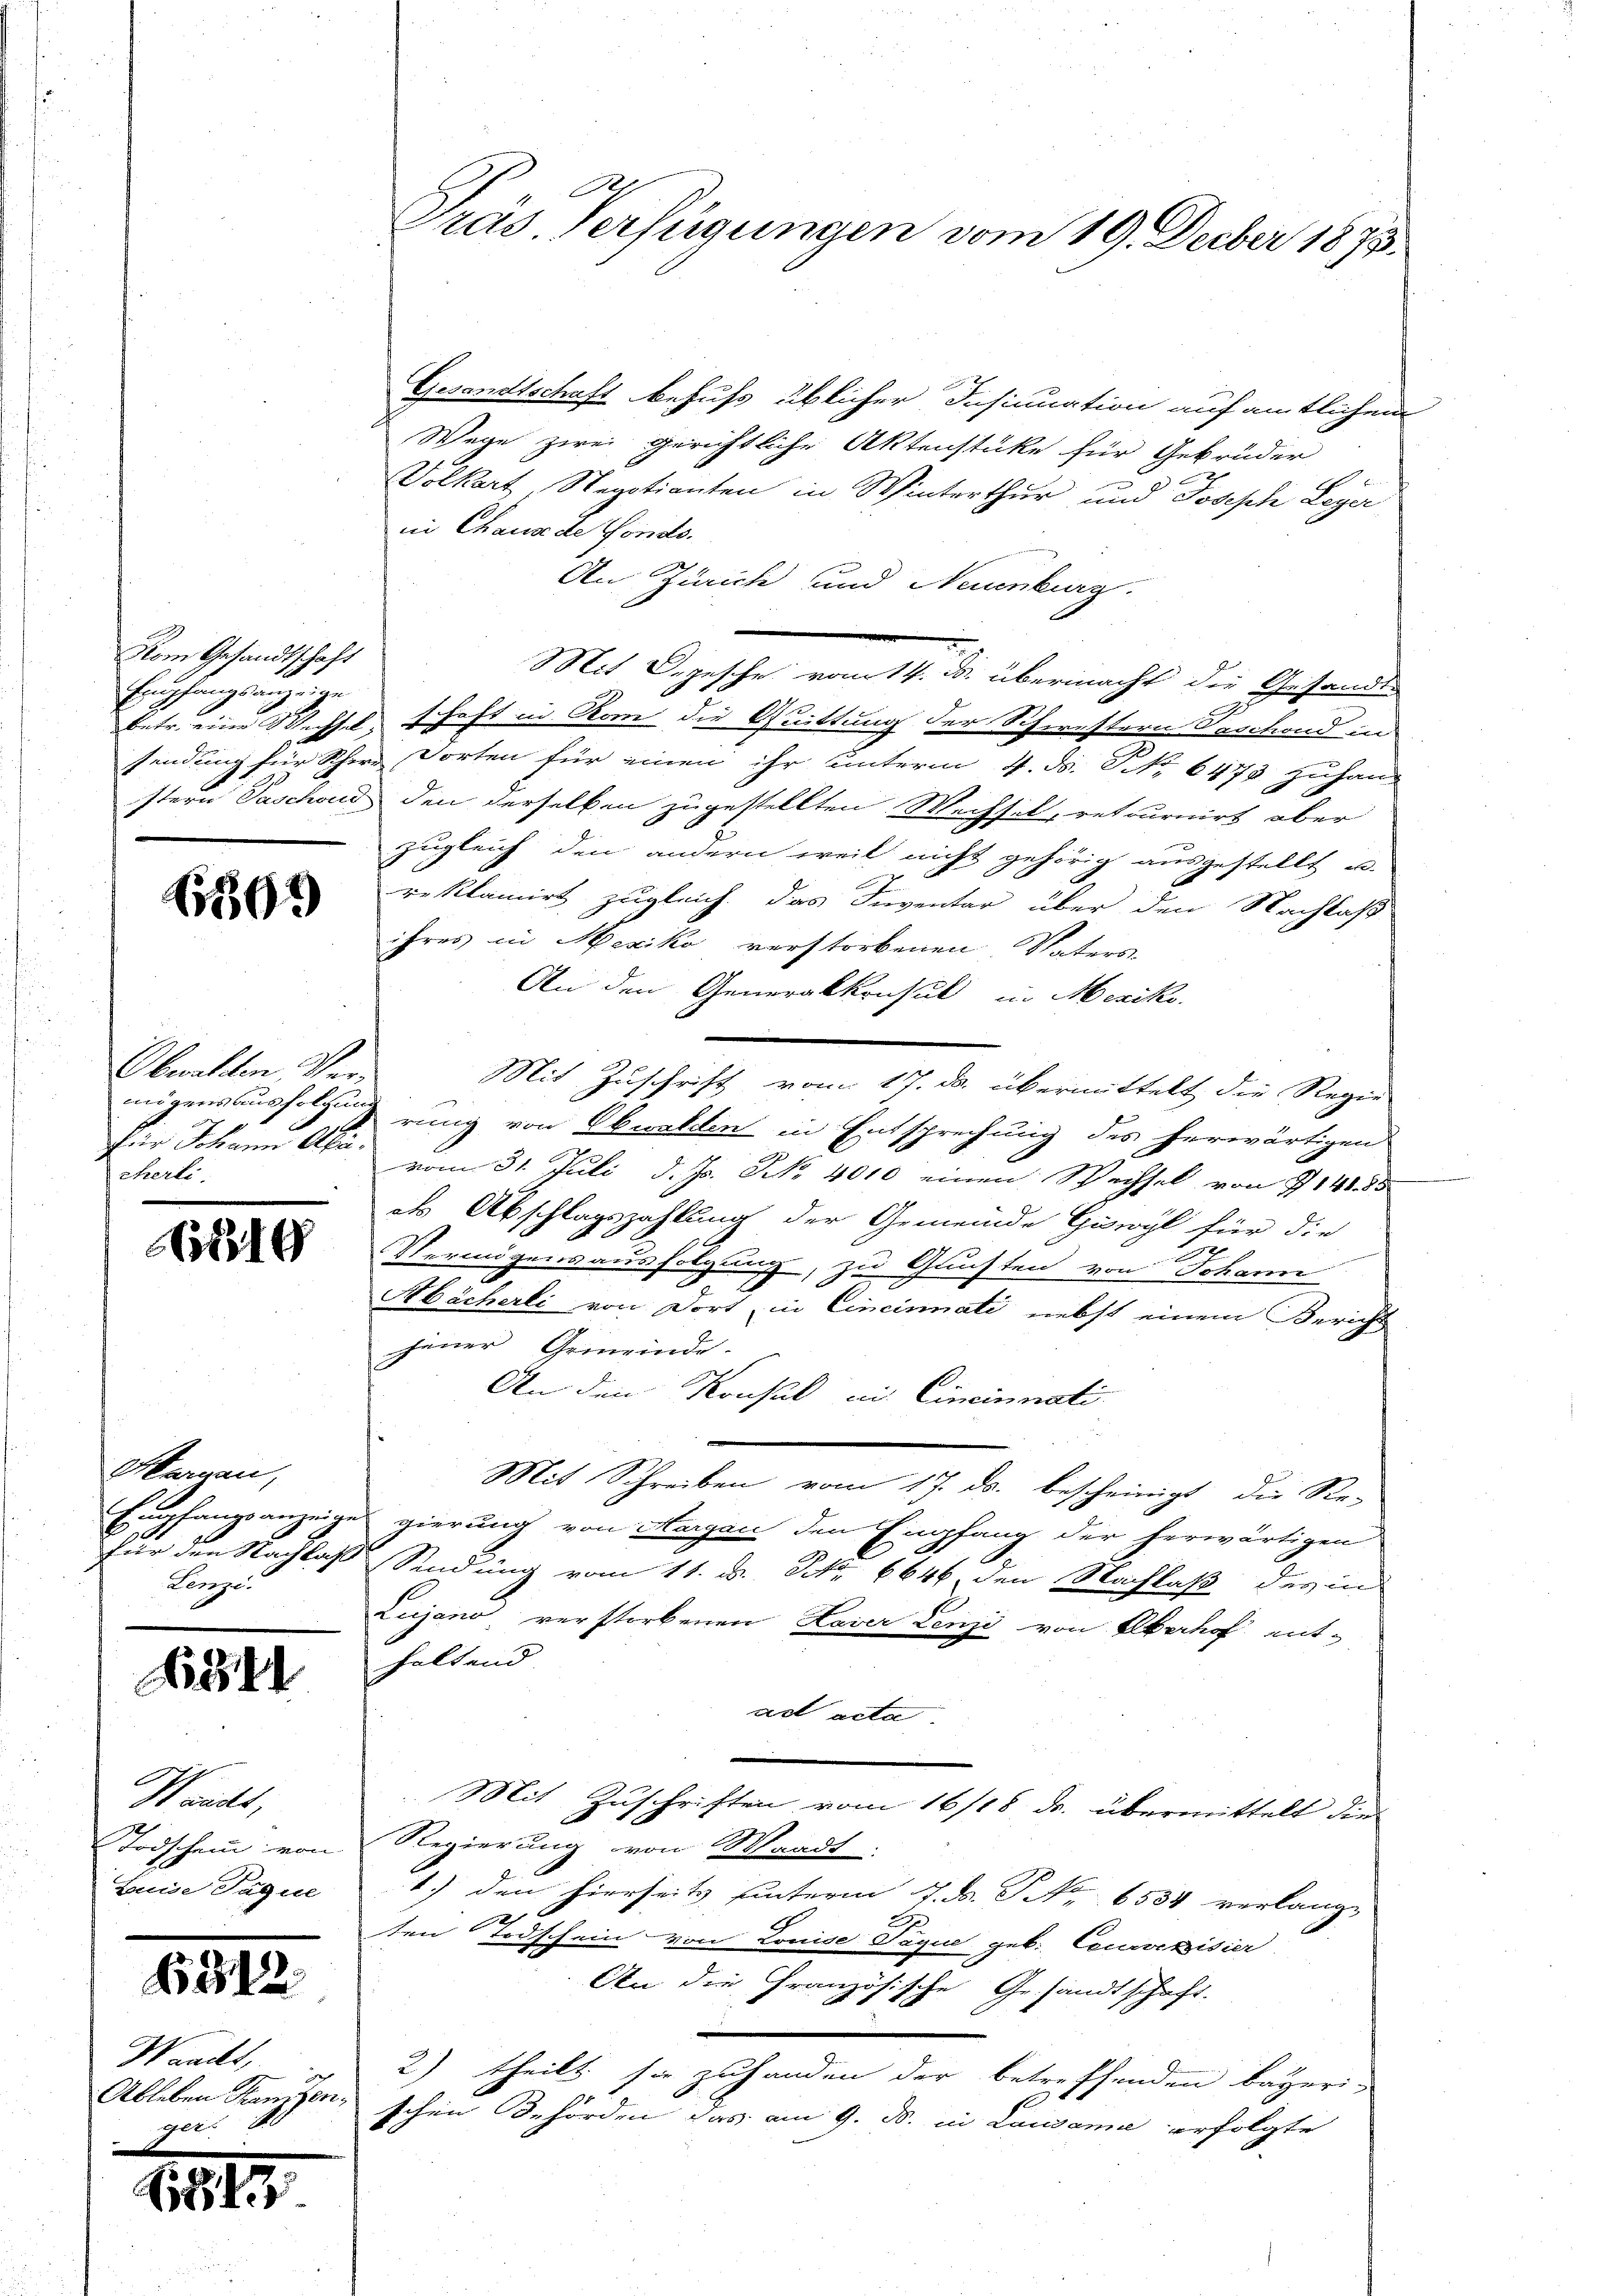
Nom Gesandtschaft
Empfangsanzeige

6861)

Obwalten, Verfür Johann Alticherli

1810

Margau,
Lenze.

6341

Waadt,
Todschein von
Luise Paque

6312

Wanckt,
Ableben Kanzen.
ger

1815.

Gesandtschaft behufs üblicher Insinuation auf amtlichem
Wege zwei gerichtliche Aktenstüke für Gebrüder
Volkart Regotianten in Winterthur und Joseph Leyer
in Chaux de Fonds.
An Zürich und Neuenburg.
Mit Begesche vom 17. Die übermacht die Gesandte
betr. eine Wechsel, schaft in Rom die Quittung der Schwestern Beschond in
findung für Schere Dorten für einen ihr unterm 4. d. 8. No 6473 zuhan-
stern Paschon den derselben zugestellten Wechsel, retournirt aber
zugleich den andern weil nicht gehörig ausgestellt u.
reklamirt zugleich das Inventar über den Nachlaß
ihres in Mexiko verstorbenen Vaters-
An den Generalkonsul in Mexiko
Mit Zuschrift vom 17. ds. übermittelt die Regie-
mögensausfolgung eing von Obwalten in Entsprechung des herwärtigen
vom 31. Juli d. Js. NNo. 4010 einen Wechsel von 7141. 85
dls Abschlagszahlung der Gemeinde Giswyl für die
Vermögensausfolgung, zu Gunsten von Johann
Mbächerli von Dort in Cincinati nebst einem Bericht
jener Gemeinde.
An den Konsul in Cineinnati
Mit Schreiben vom 17. ds. bescheinigt, die Re-
Empfangsanzeige gierung von Aargau den Empfang der herwärtigen
für den Nachlaß Sendung vom 11. v. Frk. 6646, den Nachlaß der in
Lujano verstorbenen Laver Lenzi von Oberhof ent-
haltend
ad acta
Mit Zuschriften vom 16/18. ds. übermittelt die
Regierung von Waadt:
1.) den hierseits unterm 7. d. S. 6534 verlang-
ten Todschein von Louise Paque geb. Courvenisier
An die Französische Gesandtschaft.
2) theilt sie zuhanden der betreffenden Bayeri-
1
"schen Behörden das am 9. d. in Lausanne erfolgte

Präs. Verfügungen vom 19. Decber 1895.